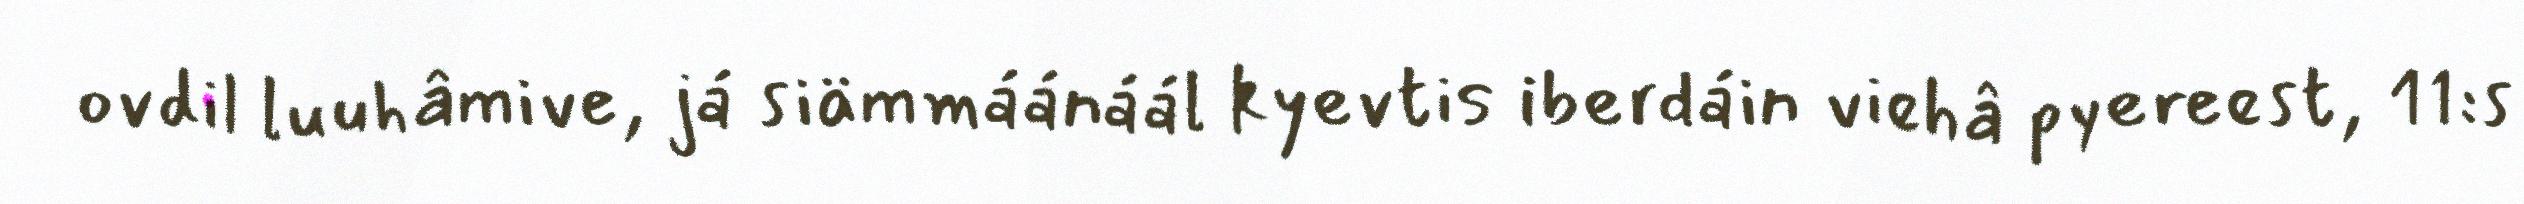
ovdil luuhâmive, já siämmáánáál kyevtis iberdáin viehâ pyereest, 11:s